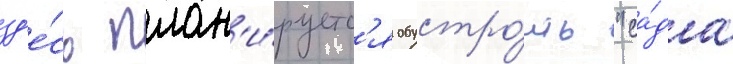
зд'е́сь план'и́руетс'я обустро́ить "са́да